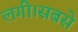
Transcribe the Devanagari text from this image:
लगी।सबसे